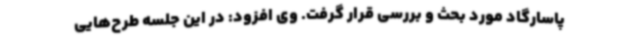
پاسارگاد مورد بحث و بررسی قرار گرفت. وی افزود: در این جلسه طرح‌هایی